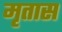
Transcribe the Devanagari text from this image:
मृतास